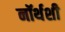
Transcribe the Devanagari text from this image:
नॉर्थशी